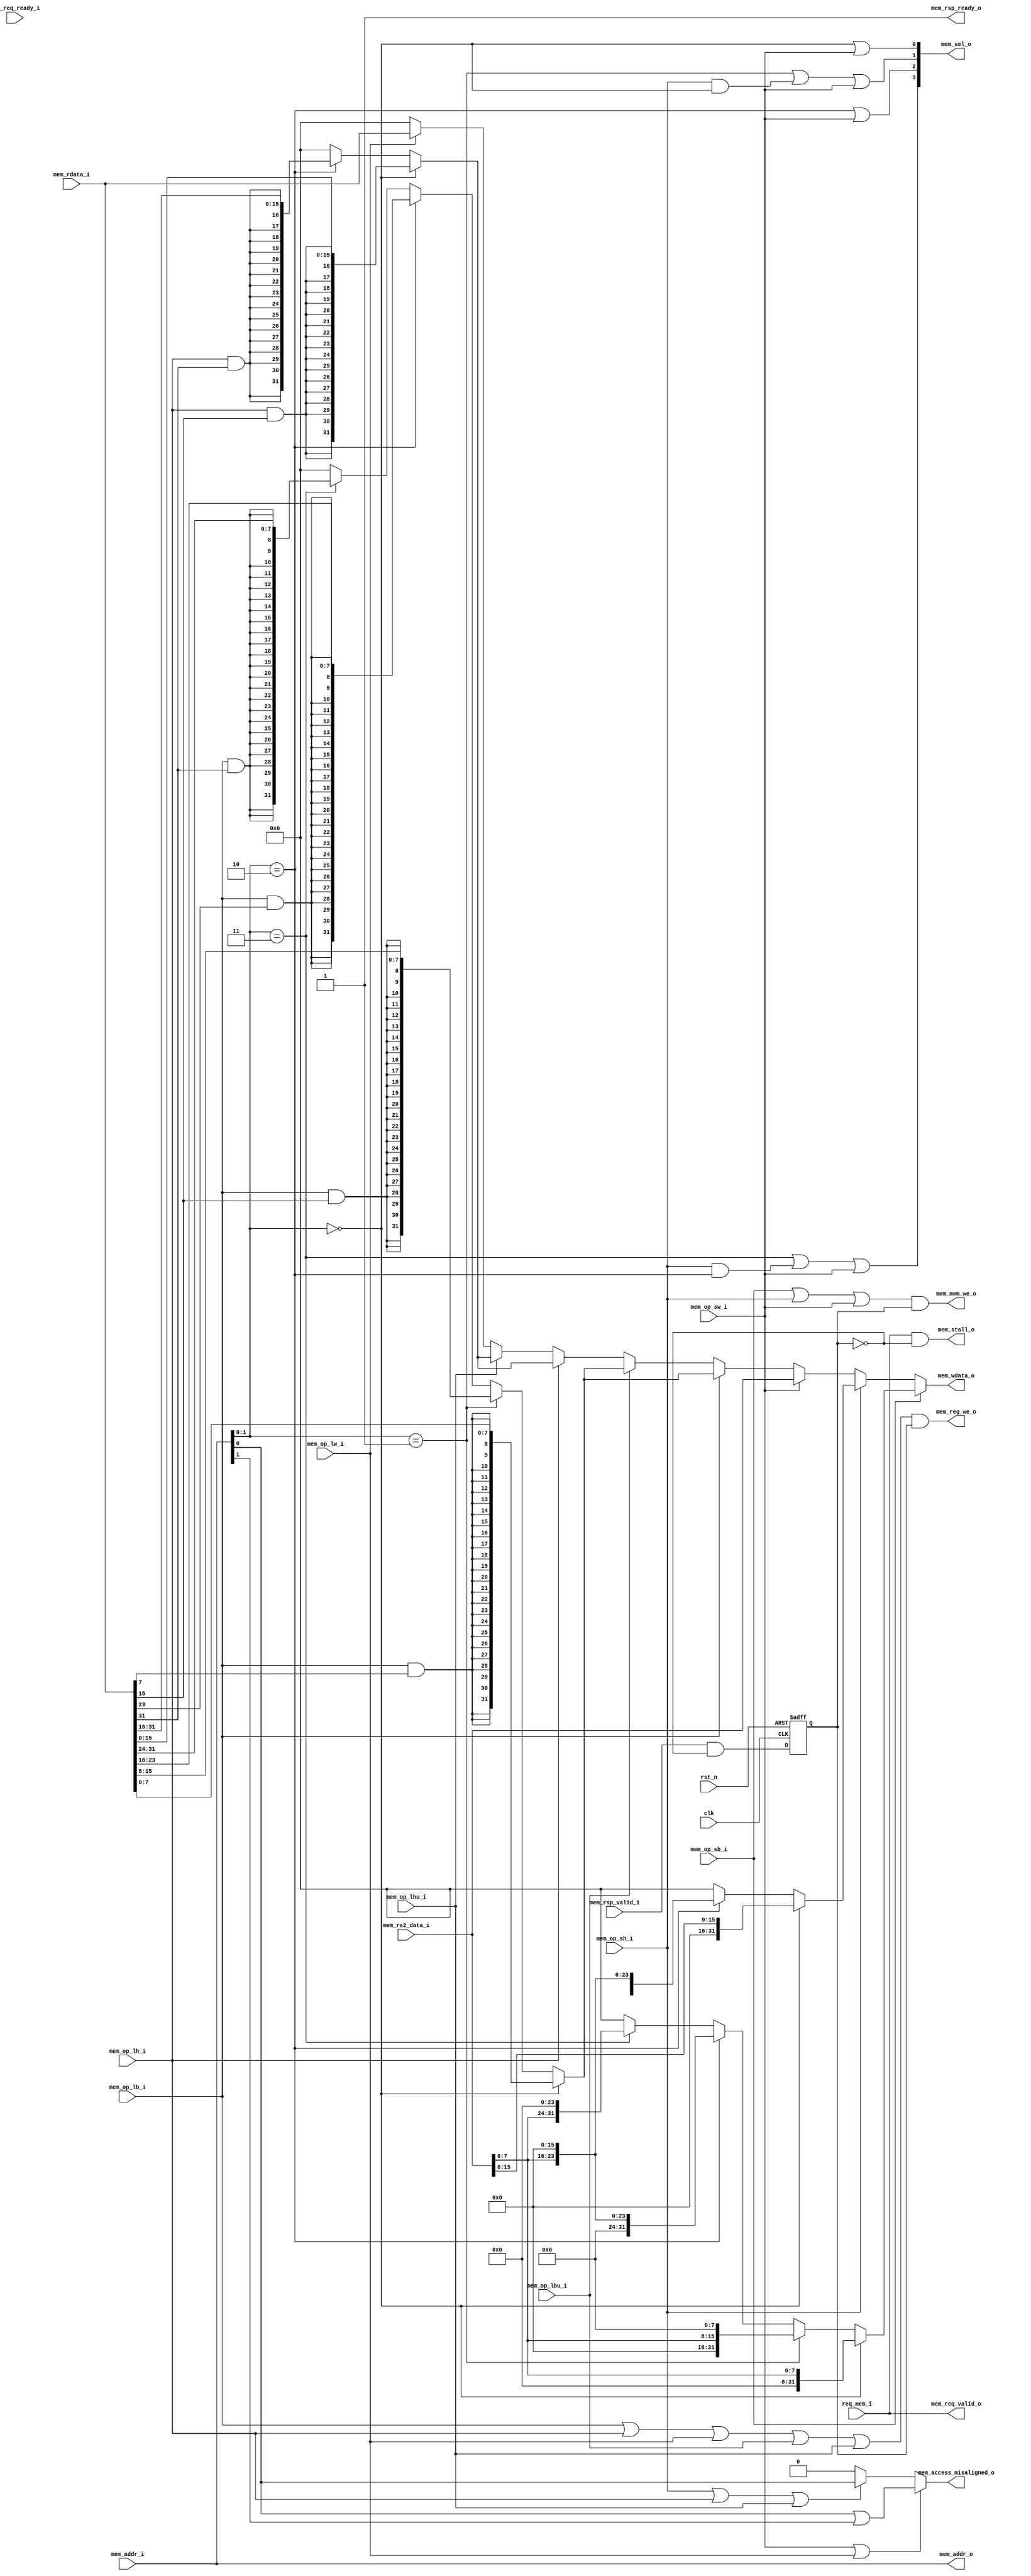
module exu_mem(

    input wire clk,
    input wire rst_n,

    input req_mem_i,
    input wire[31:0] mem_addr_i,
    input wire[31:0] mem_rs2_data_i,
    input wire[31:0] mem_rdata_i,
    input wire mem_req_ready_i,
    input wire mem_rsp_valid_i,
    input wire mem_op_lb_i,
    input wire mem_op_lh_i,
    input wire mem_op_lw_i,
    input wire mem_op_lbu_i,
    input wire mem_op_lhu_i,
    input wire mem_op_sb_i,
    input wire mem_op_sh_i,
    input wire mem_op_sw_i,

    output wire mem_access_misaligned_o,
    output wire mem_stall_o,
    output wire[31:0] mem_addr_o,
    output wire[31:0] mem_wdata_o,
    output wire mem_reg_we_o,
    output wire mem_mem_we_o,
    output wire[3:0] mem_sel_o,
    output wire mem_req_valid_o,
    output wire mem_rsp_ready_o

    );


    wire[1:0] mem_addr_index = mem_addr_i[1:0];
    wire mem_addr_index00 = (mem_addr_index == 2'b00);
    wire mem_addr_index01 = (mem_addr_index == 2'b01);
    wire mem_addr_index10 = (mem_addr_index == 2'b10);
    wire mem_addr_index11 = (mem_addr_index == 2'b11);

    assign mem_sel_o[0] = mem_addr_index00 | mem_op_sw_i;
    assign mem_sel_o[1] = mem_addr_index01 | (mem_op_sh_i & mem_addr_index00) | mem_op_sw_i;
    assign mem_sel_o[2] = mem_addr_index10 | mem_op_sw_i;
    assign mem_sel_o[3] = mem_addr_index11 | (mem_op_sh_i & mem_addr_index10) | mem_op_sw_i;

    reg[31:0] sb_res;

    always @ (*) begin
        sb_res = 32'h0;
        case (1'b1)
            mem_addr_index00: sb_res = {24'h0, mem_rs2_data_i[7:0]};
            mem_addr_index01: sb_res = {16'h0, mem_rs2_data_i[7:0], 8'h0};
            mem_addr_index10: sb_res = {8'h0, mem_rs2_data_i[7:0], 16'h0};
            mem_addr_index11: sb_res = {mem_rs2_data_i[7:0], 24'h0};
        endcase
    end

    reg[31:0] sh_res;

    always @ (*) begin
        sh_res = 32'h0;
        case (1'b1)
            mem_addr_index00: sh_res = {16'h0, mem_rs2_data_i[15:0]};
            mem_addr_index10: sh_res = {mem_rs2_data_i[15:0], 16'h0};
        endcase
    end

    wire[31:0] sw_res = mem_rs2_data_i;

    reg[31:0] lb_res;

    always @ (*) begin
        lb_res = 32'h0;
        case (1'b1)
            mem_addr_index00: lb_res = {{24{mem_op_lb_i & mem_rdata_i[7]}}, mem_rdata_i[7:0]};
            mem_addr_index01: lb_res = {{24{mem_op_lb_i & mem_rdata_i[15]}}, mem_rdata_i[15:8]};
            mem_addr_index10: lb_res = {{24{mem_op_lb_i & mem_rdata_i[23]}}, mem_rdata_i[23:16]};
            mem_addr_index11: lb_res = {{24{mem_op_lb_i & mem_rdata_i[31]}}, mem_rdata_i[31:24]};
        endcase
    end

    reg[31:0] lh_res;

    always @ (*) begin
        lh_res = 32'h0;
        case (1'b1)
            mem_addr_index00: lh_res = {{24{mem_op_lh_i & mem_rdata_i[15]}}, mem_rdata_i[15:0]};
            mem_addr_index10: lh_res = {{24{mem_op_lh_i & mem_rdata_i[31]}}, mem_rdata_i[31:16]};
        endcase
    end

    wire[31:0] lw_res = mem_rdata_i;

    reg[31:0] mem_wdata;

    always @ (*) begin
        mem_wdata = 32'h0;
        case (1'b1)
            mem_op_sb_i:  mem_wdata = sb_res;
            mem_op_sh_i:  mem_wdata = sh_res;
            mem_op_sw_i:  mem_wdata = sw_res;
            mem_op_lb_i:  mem_wdata = lb_res;
            mem_op_lbu_i: mem_wdata = lb_res;
            mem_op_lh_i:  mem_wdata = lh_res;
            mem_op_lhu_i: mem_wdata = lh_res;
            mem_op_lw_i:  mem_wdata = lw_res;
        endcase
    end

    assign mem_wdata_o = mem_wdata;

    wire mem_req_hsked = (mem_req_valid_o & mem_req_ready_i);
    wire mem_rsp_hsked = (mem_rsp_valid_i & mem_rsp_ready_o);

    reg mem_rsp_hsked_r;

    always @ (posedge clk or negedge rst_n) begin
        if (!rst_n) begin
            mem_rsp_hsked_r <= 1'b0;
        end else begin
            mem_rsp_hsked_r <= mem_rsp_hsked & (~mem_rsp_hsked_r);
        end
    end

    assign mem_rsp_ready_o = 1'b1;

    // 请求访问总线
    assign mem_req_valid_o = req_mem_i;
    // 暂停流水线
    assign mem_stall_o = req_mem_i & (~mem_rsp_hsked_r);
    // 读、写内存地址
    assign mem_addr_o = mem_addr_i;

    // 写寄存器使能，收到ack时数据才有效
    assign mem_reg_we_o = (mem_op_lb_i | mem_op_lh_i | mem_op_lw_i | mem_op_lbu_i | mem_op_lhu_i) & mem_rsp_hsked_r;

    // 写内存使能
    assign mem_mem_we_o = (mem_op_sb_i | mem_op_sh_i | mem_op_sw_i) & mem_rsp_hsked_r;

    assign mem_access_misaligned_o = (mem_op_sw_i | mem_op_lw_i)? (mem_addr_i[0] | mem_addr_i[1]):
                                     (mem_op_sh_i | mem_op_lh_i | mem_op_lhu_i)? mem_addr_i[0]:
                                     0;

endmodule